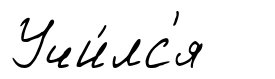
Учи́лс'я